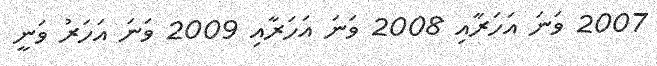
2007 ވަނަ އަހަރާއި 2008 ވަނަ އަހަރާއި 2009 ވަނަ އަހަރު ވަނީ